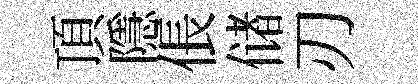
頂隱倀储刃